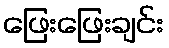
ဖြေးဖြေးချင်း